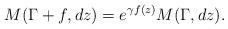
LaTeX: \begin{align*}M(\Gamma + f, dz) = e^{\gamma f(z)}M(\Gamma,dz).\end{align*}